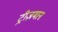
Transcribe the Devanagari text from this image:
ट्रीज़मान